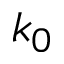
k _ { 0 }